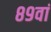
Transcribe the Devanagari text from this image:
८९वां